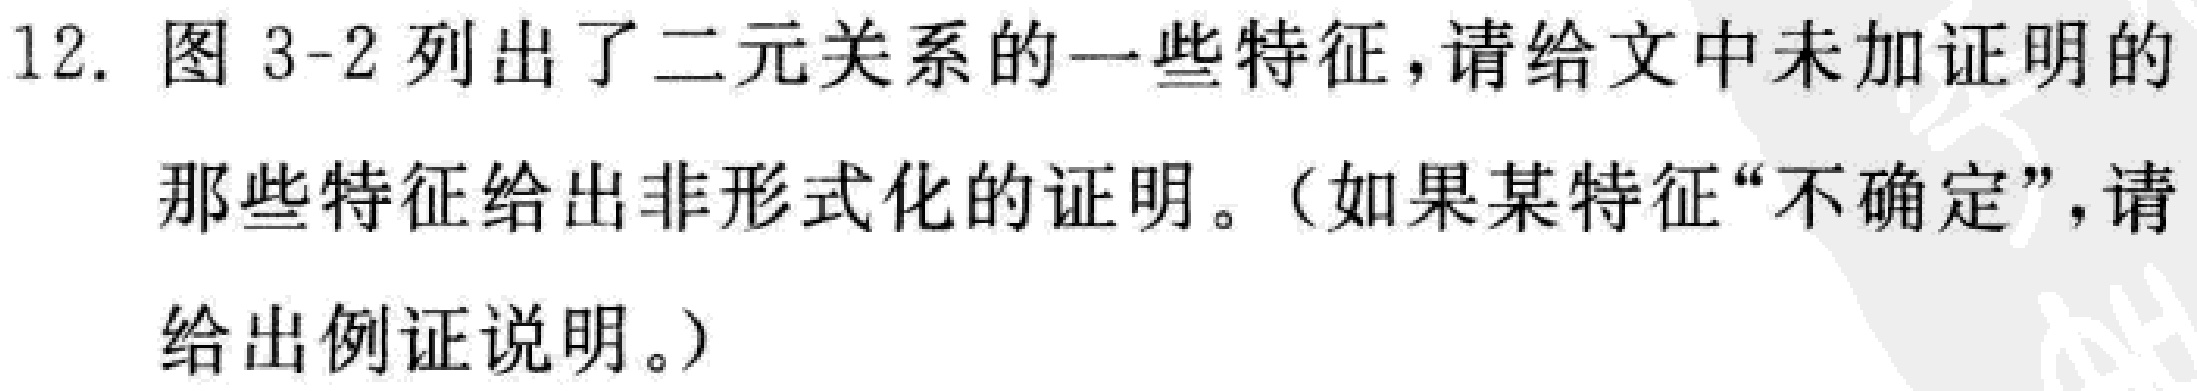
12. 图 3-2 列出了二元关系的一些特征，请给文中未加证明的

那些特征给出非形式化的证明。（如果某特征“不确定”，请

给出例证说明。）